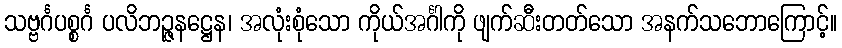
သဗ္ဗင်္ဂပစ္စင်္ဂ ပလိဘဉ္ဇနဋ္ဌေန၊ အလုံးစုံသော ကိုယ်အင်္ဂါကို ဖျက်ဆီးတတ်သော အနက်သဘောကြောင့်။